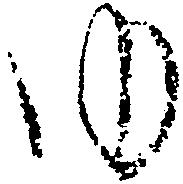
ゆ